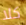
كلا